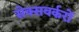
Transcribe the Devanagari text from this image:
सेक्सवर्करों